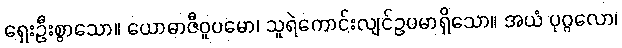
ရှေးဦးစွာသော။ ယောဓာဇီဝူပမော၊ သူရဲကောင်းလျင်ဥပမာရှိသော။ အယံ ပုဂ္ဂလော၊